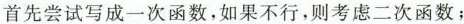
首先尝试写成一次函数，如果不行，则考虑二次函数；